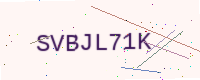
Text: SVBJL71K